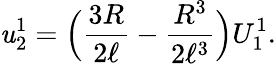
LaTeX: \mathit{u}_{2}^{1}=\Big(\frac{{3R}}{{2\ell}}-\frac{{R^{3}}}{{2\ell^{3}}}\Big)U_{1}^{1}.